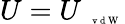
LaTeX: U=U_{\mathrm{~\tiny~\textnormal~{~v~d~W~}~}}